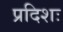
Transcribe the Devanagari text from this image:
प्रदिशः